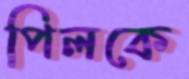
পিলকে